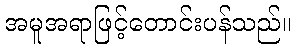
အမူအရာဖြင့်တောင်းပန်သည်။